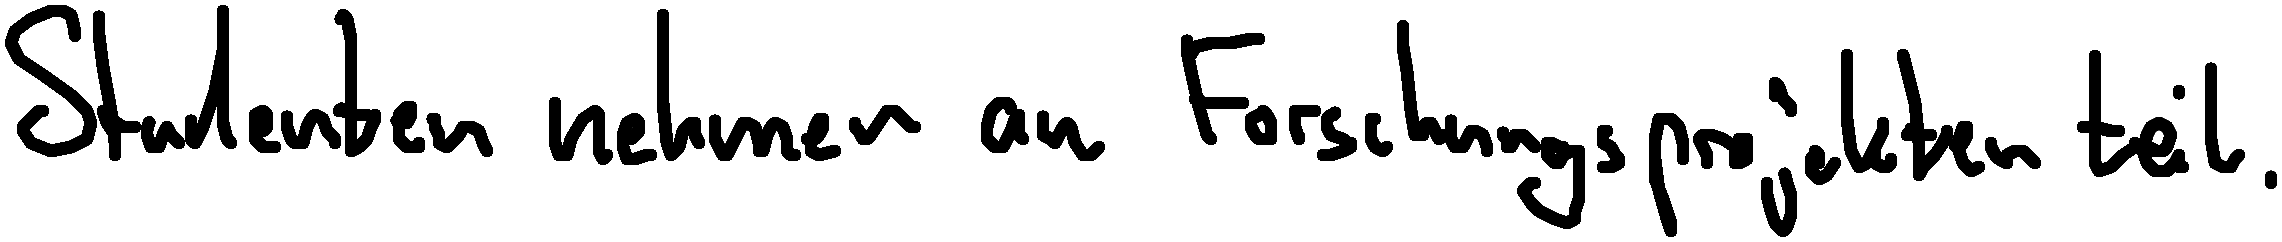
Studenten nehmen an Forschungsprojekten teil.